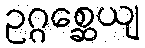
ဥဂ္ဂစ္ဆေယျ